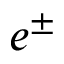
e ^ { \pm }